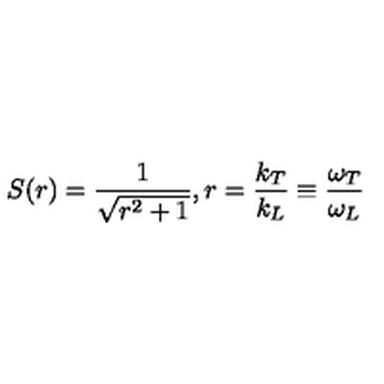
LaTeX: S ( r ) = \frac { 1 } { \sqrt { r ^ { 2 } + 1 } } , r = \frac { k _ { T } } { k _ { L } } \equiv \frac { \omega _ { T } } { \omega _ { L } }